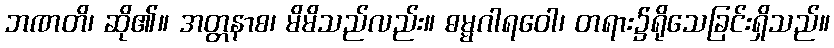
ဘဏတိ၊ ဆို၏။ အတ္တနာစ၊ မိမိသည်လည်း။ ဓမ္မဂါရဝေါ၊ တရား၌ရိုသေခြင်းရှိသည်။